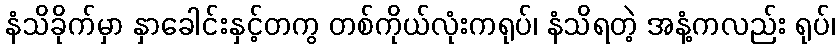
နံသိခိုက်မှာ နှာခေါင်းနှင့်တကွ တစ်ကိုယ်လုံးကရုပ်၊ နံသိရတဲ့ အနံ့ကလည်း ရုပ်၊